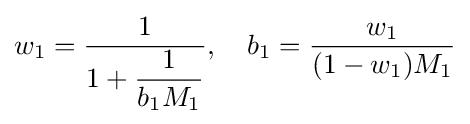
w_{1}={\frac {1}{1+{\dfrac {1}{b_{1}M_{1}}}}},\quad b_{1}={\frac {w_{1}}{(1-w_{1})M_{1}}}